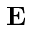
\textbf { E }